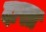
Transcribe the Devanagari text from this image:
दाखा